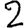
Digit: 2